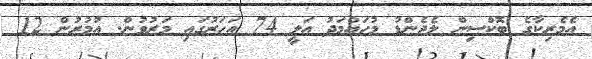
އެމެރިކާގެ ބޮކްސިން ލެޖެންޑު މުހައްމަދު އަލީ 74 އަހަރުގައި މަރުވުން. އުމުރުން 12